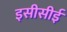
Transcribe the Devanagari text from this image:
इसीसीई